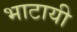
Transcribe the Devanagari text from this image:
भाटायी